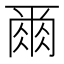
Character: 𫝃